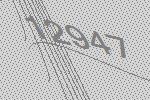
12947